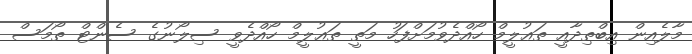
މާލެއިން އިބްތިދާއީ ތަޢުލީމް ހޯއްދެވުމަށްފަހު މަތީ ތަޢުލީމް ހޯއްދެވީ ސިލޯނުގެ ސެންޓް ތޯމަސް